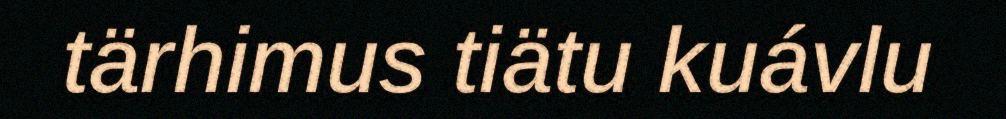
tärhimus tiätu kuávlu